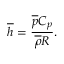
{ \overline { { h } } } = { \frac { { \overline { { p } } } C _ { p } } { { \overline { { \rho } } } R } } .